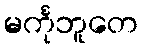
မင်္ကုဘူတေ